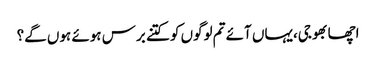
اچھا بھوجی،یہاں آئے تم لوگوں کو کتنے برس ہوئے ہوں گے؟